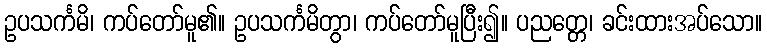
ဥပသင်္ကမိ၊ ကပ်တော်မူ၏။ ဥပသင်္ကမိတွာ၊ ကပ်တော်မူပြီး၍။ ပညတ္တေ၊ ခင်းထားအပ်သော။